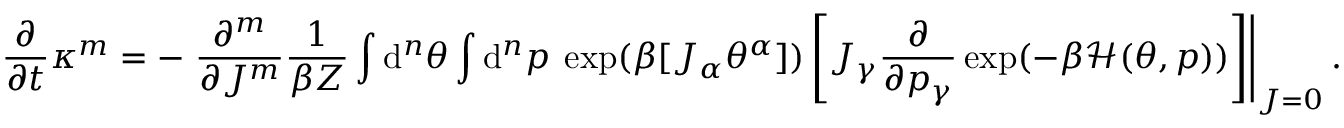
\frac { \partial } { \partial t } \kappa ^ { m } = - \left. \frac { \partial ^ { m } } { \partial J ^ { m } } \frac { 1 } { \beta Z } \int \mathrm { d } ^ { n } \theta \int \mathrm { d } ^ { n } p \: \exp ( \beta [ J _ { \alpha } \theta ^ { \alpha } ] ) \left[ J _ { \gamma } \frac { \partial } { \partial p _ { \gamma } } \exp ( - \beta \mathcal { H } ( \theta , p ) ) \right] \right| _ { J = 0 } .